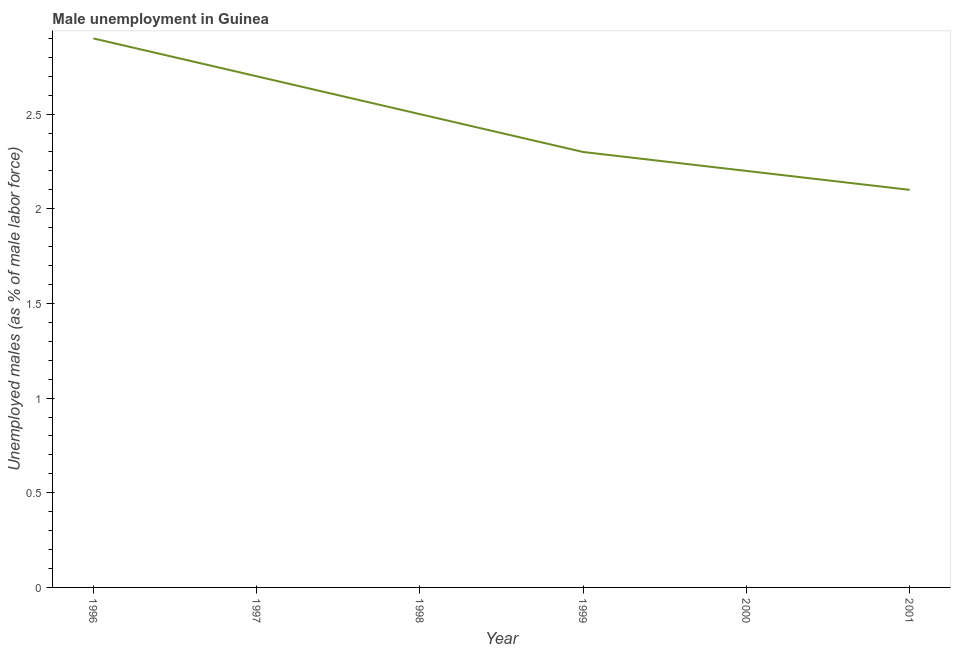
| Year | Unemployment |
 | --- | --- |
 | 1996 | 2.9 |
 | 1997 | 2.7 |
 | 1998 | 2.5 |
 | 1999 | 2.3 |
 | 2000 | 2.2 |
 | 2001 | 2.1 |